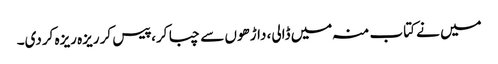
میں نے کتاب منہ میں ڈالی، داڑھوں سے چبا کر، پیس کر ریزہ ریزہ کردی۔